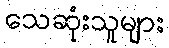
သေဆုံးသူများ